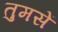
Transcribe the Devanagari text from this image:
तुमसें